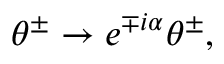
\theta ^ { \pm } \rightarrow e ^ { \mp i \alpha } \theta ^ { \pm } , \quad